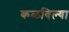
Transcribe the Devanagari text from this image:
कळविल्या